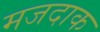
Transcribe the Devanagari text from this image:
मजदाक